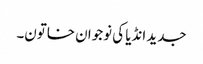
جدید انڈیا کی نوجوان خاتون۔